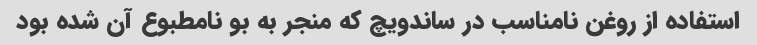
استفاده از روغن نامناسب در ساندویچ که منجر به بو نامطبوع آن شده بود